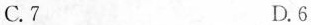
C.7 D.6